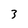
Character: 3